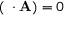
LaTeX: ( \mathbf { \partial } \cdot \mathbf { A } ) = 0